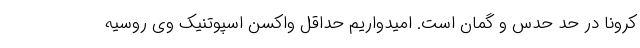
کرونا در حد حدس و گمان است. امیدواریم حداقل واکسن اسپوتنیک وی روسیه